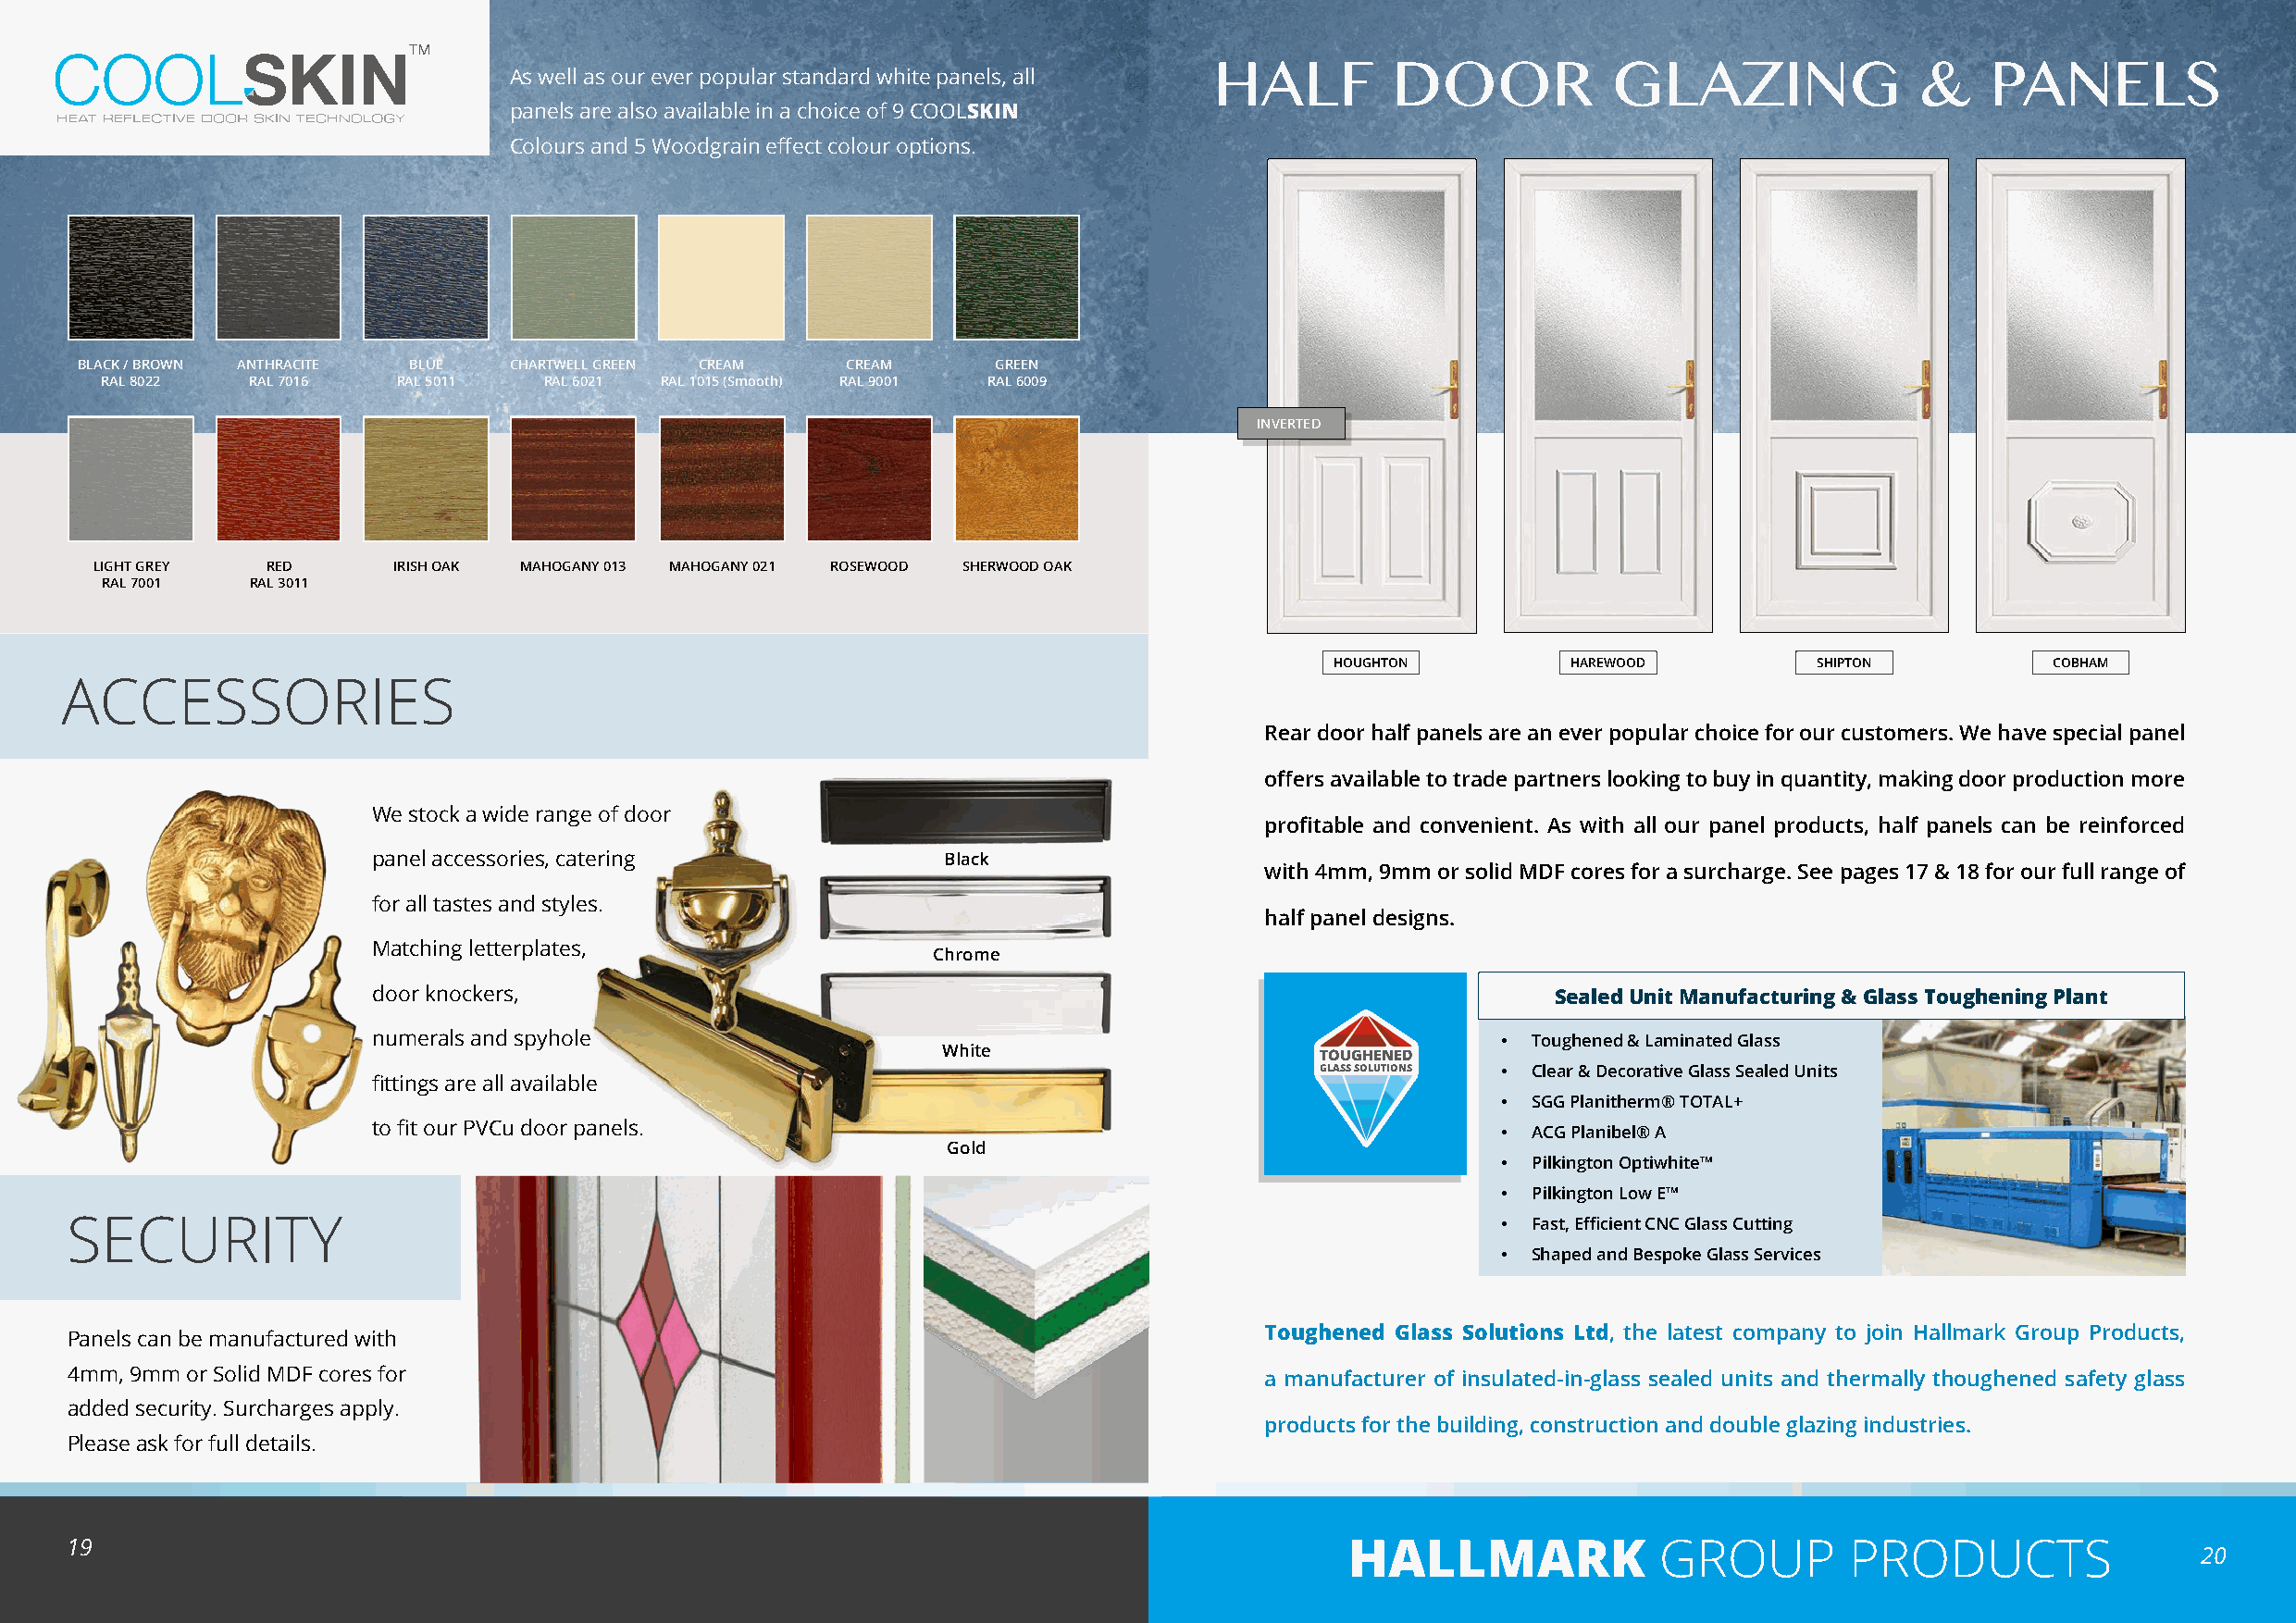
As well as our ever popular standard white panels, all
 HALF         DOOR           GLAZING               &    PANELS
 panels are also available in a choice of 9 COOLSKIN
 Colours and 5 Woodgrain effect colour options.
 BLACK / BROWN ANTHRACITE BLUE CHARTWELL GREEN CREAM    CREAM     GREEN
 RAL 8022   RAL 7016  RAL 5011   RAL 6021 RAL 1015 (Smooth) RAL 9001 RAL 6009
 INVERTED
 LIGHT GREY  RED      IRISH OAK MAHOGANY 013 MAHOGANY 021 ROSEWOOD SHERWOOD OAK
 RAL 7001   RAL 3011
 HOUGHTON         HAREWOOD          SHIPTON          COBHAM
 ACCESSORIES
 Rear door half panels are an ever popular choice for our customers. We have special panel
 offers available to trade partners looking to buy in quantity, making door production more
 We stock a wide range of door
 profitable and convenient. As with all our panel products, half panels can be reinforced
 panel accessories, catering              Black
 with 4mm, 9mm or solid MDF cores for a surcharge. See pages 17 & 18 for our full range of
 for all tastes and styles.
 half panel designs.
 Matching letterplates,
 Chrome
 door knockers,                                                                      Sealed Unit Manufacturing & Glass Toughening Plant
 numerals and spyhole                                                            •  Toughened & Laminated Glass
 White
 TOUGHENED
 GLASS SOLUTIONS • Clear & Decorative Glass Sealed Units
 fittings are all available
 •  SGG Planitherm® TOTAL+
 to fit our PVCu door panels.
 •  ACG Planibel® A
 Gold
 •  Pilkington Optiwhite™
 •  Pilkington Low E™
 SECURITY                                                                                              •  Fast, Efficient CNC Glass Cutting
 •  Shaped and Bespoke Glass Services
 Toughened Glass Solutions Ltd, the latest company to join Hallmark Group Products,
 Panels can be manufactured with
 4mm, 9mm or Solid MDF cores for                                                      a manufacturer of insulated-in-glass sealed units and thermally thoughened safety glass
 added security. Surcharges apply.
 products for the building, construction and double glazing industries.
 Please ask for full details.
 19                                                                                         HALLMARK               GROUP        PRODUCTS
 20